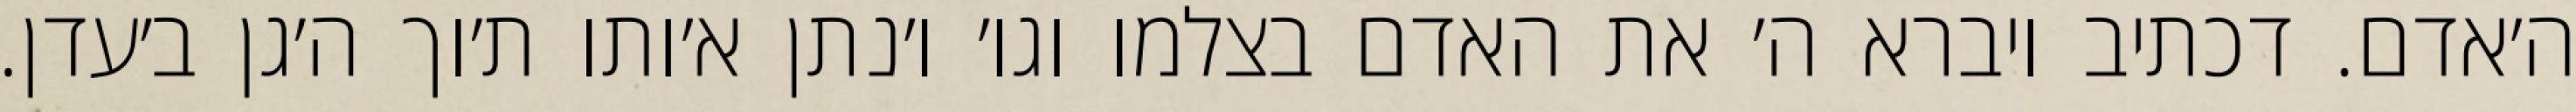
ה׳אדם. דכתיב ויברא ה׳ את האדם בצלמו וגו׳ ו׳נתן א׳ותו ת׳וך ה׳גן ב׳עדן.